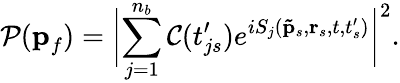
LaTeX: \mathcal{P}(\textbf{p}_{f})=\biggl|\displaystyle\sum_{j=1}^{n_{b}}\mathcal{C}(t_{js}^{\prime})e^{iS_{j}(\mathbf{\tilde{p}}_{s},\textbf{r}_{s},t,t_{s}^{\prime})}\biggr|^{2}.